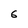
Character: 6